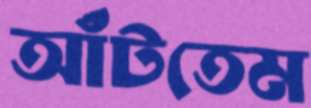
আঁটতেম